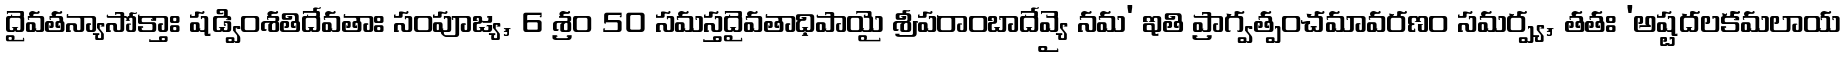
దైవతన్యాసోక్తాః షడ్వింశతిదేవతాః సంపూజ్య, 6 శ్రం 50 సమస్తదైవతాధిపాయై శ్రీపరాంబాదేవ్యై నమ' ఇతి ప్రాగ్వత్పంచమావరణం సమర్ప్య, తతః 'అష్టదలకమలాయ